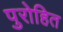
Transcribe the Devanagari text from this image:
पुरोहित